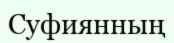
Суфиянның